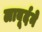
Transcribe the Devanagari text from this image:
लाबूर्दने